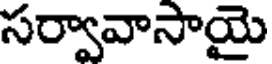
సర్వావాసాయై